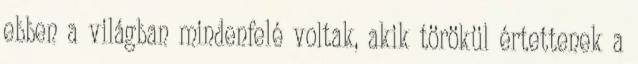
ebben a világban mindenfelé voltak, akik törökül értettenek a